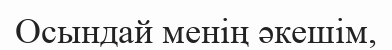
Осындай менің әкешім,